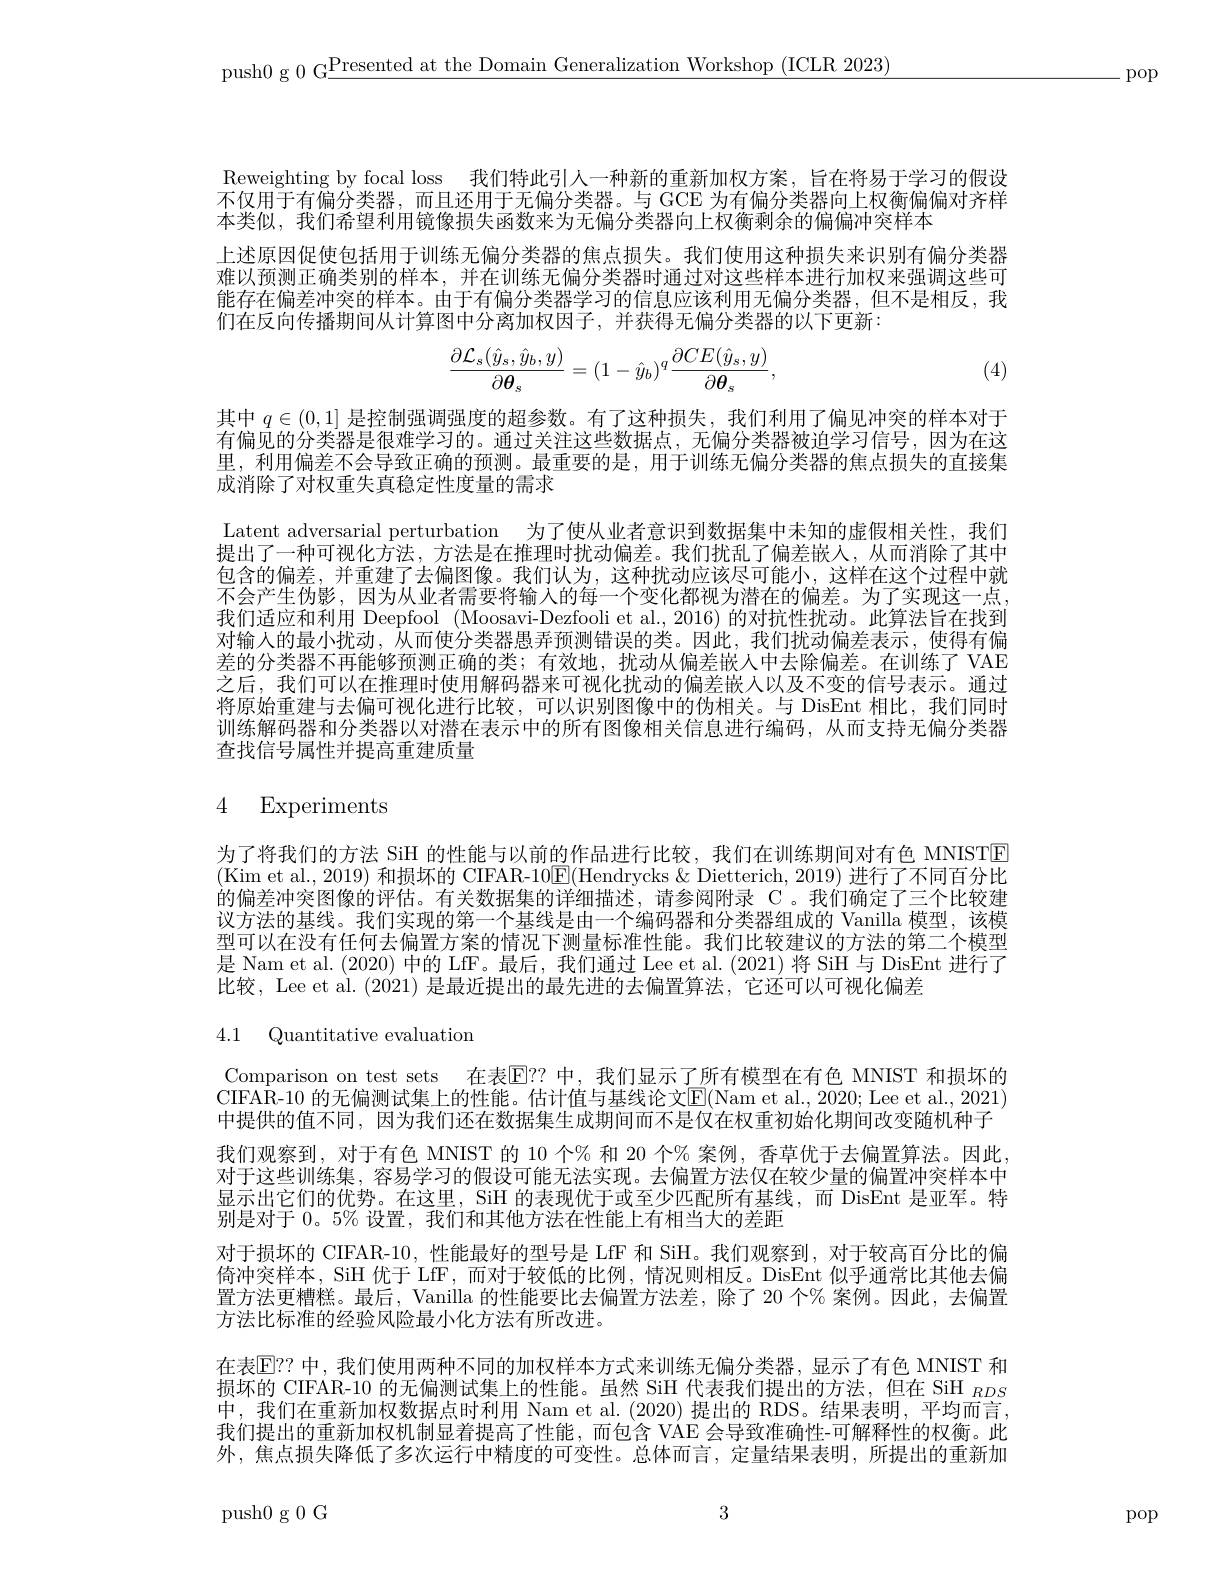
push0 g 0 G$\underline\text{Presented at the Domain Generalization Workshop (ICLR 2023)}$

-pop

Reweighting by focal loss 我们特此引人一种新的重新加权方案，旨在将易于学习的假设不仅用于有偏分类器，而且还用于无偏分类器。与 GCE 为有偏分类器向上权衡偏偏对齐样本类似，我们希望利用镜像损失函数来为无偏分类器向上权衡剩余的偏偏冲突样本
上述原因促使包括用于训练无偏分类器的焦点损失。我们使用这种损失来识别有偏分类器难以预测正确类别的样本，并在训练无偏分类器时通过对这些样本进行加权来强调这些可能存在偏差冲突的样本。由于有偏分类器学习的信息应该利用无偏分类器，但不是相反，我们在反向传播期间从计算图中分离加权因子，并获得无偏分类器的以下更新：
$$\frac{\partial\mathcal{L}_s(\hat{y}_s,\hat{y}_b,y)}{\partial\boldsymbol{\theta}_s}=(1-\hat{y}_b)^q\frac{\partial CE(\hat{y}_s,y)}{\partial\boldsymbol{\theta}_s},$$
(4)

其中$q\in(0,1]$是控制强调强度的超参数。有了这种损失，我们利用了偏见冲突的样本对于有偏见的分类器是很难学习的。通过关注这些数据点，无偏分类器被迫学习信号，因为在这里，利用偏差不会导致正确的预测。最重要的是，用于训练无偏分类器的焦点损失的直接集成消除了对权重失真稳定性度量的需求
Latent adversarial perturbation 为了使从业者意识到数据集中未知的虚假相关性，我们提出了一种可视化方法，方法是在推理时扰动偏差。我们扰乱了偏差嵌入，从而消除了其中包含的偏差，并重建了去偏图像。我们认为，这种扰动应该尽可能小，这样在这个过程中就不会产生伪影，因为从业者需要将输入的每一个变化都视为潜在的偏差。为了实现这一点， 我们适应和利用 Deepfool (Moosavi-Dezfooli et al.,2016)的对抗性扰动。此算法旨在找到对输入的最小扰动，从而使分类器愚弄预测错误的类。因此，我们扰动偏差表示，使得有偏差的分类器不再能够预测正确的类；有效地，扰动从偏差嵌入中去除偏差。在训练了 VAE 之后，我们可以在推理时使用解码器来可视化扰动的偏差嵌人以及不变的信号表示。通过将原始重建与去偏可视化进行比较，可以识别图像中的伪相关。与 DisEnt 相比，我们同时训练解码器和分类器以对潜在表示中的所有图像相关信息进行编码，从而支持无偏分类器查找信号属性并提高重建质量

## 4 Experiments

为了将我们的方法 SiH 的性能与以前的作品进行比较，我们在训练期间对有色 MNISTE (Kim et al., 2019) 和损坏的 CIFAR-10$\underline{\mathrm{E}}($Hendrycks &Dietterich, 2019) 进行了不同百分比的偏差冲突图像的评估。有关数据集的详细描述，请参阅附录 C。我们确定了三个比较建议方法的基线。我们实现的第一个基线是由一个编码器和分类器组成的 Vanilla 模型，该模型可以在没有任何去偏置方案的情况下测量标准性能。我们比较建议的方法的第二个模型是 Nam et al. (2020) 中的 LfF。最后，我们通过 Lee et al. (2021) 将 SiH 与 DisEnt 进行了比较，Lee et al. (2021) 是最近提出的最先进的去偏置算法，它还可以可视化偏差

4.1 Quantitative evaluation

Comparison on test sets 在表$\overline{\mathrm{E}}?$ 中，我们显示了所有模型在有色 MNIST 和损坏的CIFAR-10 的无偏测试集上的性能。估计值与基线论文$\mathbb{E}($Nam et al., 2020; Lee et al., 2021) 中提供的值不同，因为我们还在数据集生成期间而不是仅在权重初始化期间改变随机种子我们观察到，对于有色 MNIST 的 10 个% 和 20 个% 案例，香草优于去偏置算法。因此， 对于这些训练集，容易学习的假设可能无法实现。去偏置方法仅在较少量的偏置冲突样本中显示出它们的优势。在这里，SiH 的表现优于或至少匹配所有基线，而 DisEnt 是亚军。特别是对于 0。5% 设置，我们和其他方法在性能上有相当大的差距
对于损坏的 CIFAR-10, 性能最好的型号是 LfF 和 SiH。我们观察到，对于较高百分比的偏倚冲突样本，SiH 优于 LfF , 而对于较低的比例，情况则相反。DisEnt 似乎通常比其他去偏置方法更糟糕。最后，Vanilla 的性能要比去偏置方法差，除了 20 个% 案例。因此，去偏置方法比标准的经验风险最小化方法有所改进。
在表$\mathbb{E}??$ 中，我们使用两种不同的加权样本方式来训练无偏分类器，显示了有色 MNIST 和损坏的 CIFAR-10 的无偏测试集上的性能。虽然 SiH 代表我们提出的方法，但在 SiH $_{RDS}$ 中，我们在重新加权数据点时利用 Nam et al.(2020)提出的 RDS。结果表明，平均而言， 我们提出的重新加权机制显着提高了性能，而包含 VAE 会导致准确性-可解释性的权衡。此外，焦点损失降低了多次运行中精度的可变性。总体而言，定量结果表明，所提出的重新加

3

push0g0G

pop